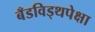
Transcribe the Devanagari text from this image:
बँडविड्थपेक्षा